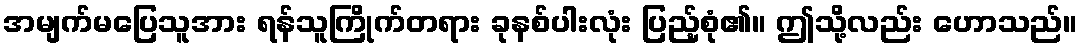
အမျက်မပြေသူအား ရန်သူကြိုက်တရား ခုနစ်ပါးလုံး ပြည့်စုံ၏။ ဤသို့လည်း ဟောသည်။